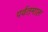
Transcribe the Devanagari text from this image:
पर्वतमाल